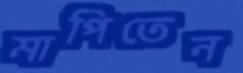
মাপিতেন